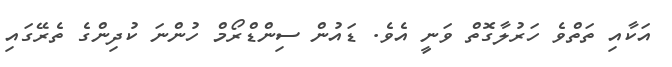
އަކާއި ތަތްވެ ހަރުލާގޮތް ވަނީ އެވެ. ޑައުން ސިންޑްރޯމް ހުންނަ ކުދިންގެ ތެރޭގައި